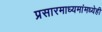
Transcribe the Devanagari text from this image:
प्रसारमाध्यमांमध्येही